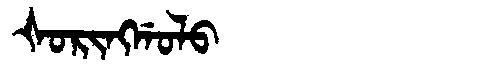
Manchu: ᡧᠣᡵᡳᠩᡤᠣᠯᠣ
Romanization: ŠORINGGOLO